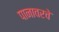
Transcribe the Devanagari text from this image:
पानावरचे